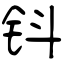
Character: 钭